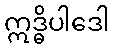
ဣဒ္ဓိပါဒေါ